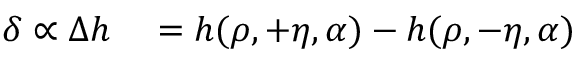
\begin{array} { r l } { \delta \propto \Delta h } & { { } = h ( \rho , + \eta , \alpha ) - h ( \rho , - \eta , \alpha ) } \end{array}